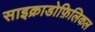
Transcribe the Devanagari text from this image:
साइक्राडोफ़िलिकल